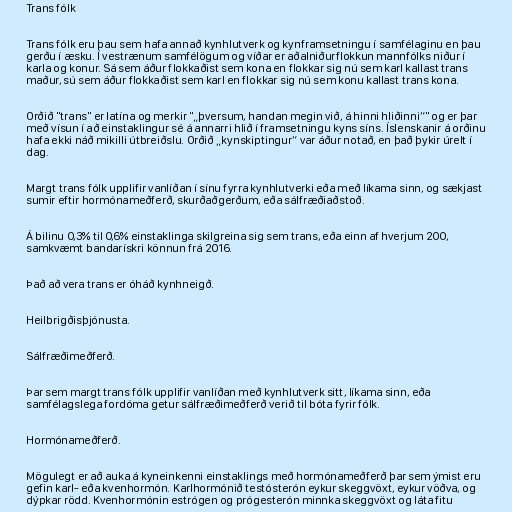
Trans fólk

Trans fólk eru þau sem hafa annað kynhlutverk og kynframsetningu í samfélaginu en þau
gerðu í æsku. Í vestrænum samfélögum og víðar er aðalniðurflokkun mannfólks niður í
karla og konur. Sá sem áður flokkaðist sem kona en flokkar sig nú sem karl kallast trans
maður, sú sem áður flokkaðist sem karl en flokkar sig nú sem konu kallast trans kona.

Orðið "trans" er latína og merkir "„þversum, handan megin við, á hinni hliðinni“" og er þar
með vísun í að einstaklingur sé á annarri hlið í framsetningu kyns síns. Íslenskanir á orðinu
hafa ekki náð mikilli útbreiðslu. Orðið „kynskiptingur“ var áður notað, en það þykir úrelt í
dag.

Margt trans fólk upplifir vanlíðan í sínu fyrra kynhlutverki eða með líkama sinn, og sækjast
sumir eftir hormónameðferð, skurðaðgerðum, eða sálfræðiaðstoð.

Á bilinu 0,3% til 0,6% einstaklinga skilgreina sig sem trans, eða einn af hverjum 200,
samkvæmt bandarískri könnun frá 2016.

Það að vera trans er óháð kynhneigð.

Heilbrigðisþjónusta.

Sálfræðimeðferð.

Þar sem margt trans fólk upplifir vanlíðan með kynhlutverk sitt, líkama sinn, eða
samfélagslega fordóma getur sálfræðimeðferð verið til bóta fyrir fólk.

Hormónameðferð.

Mögulegt er að auka á kyneinkenni einstaklings með hormónameðferð þar sem ýmist eru
gefin karl- eða kvenhormón. Karlhormónið testósterón eykur skeggvöxt, eykur vöðva, og
dýpkar rödd. Kvenhormónin estrógen og prógesterón minnka skeggvöxt og láta fitu